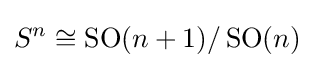
S^{n}\cong \operatorname {SO} (n+1)/\operatorname {SO} (n)